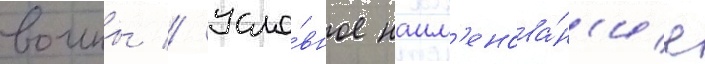
воины // Усло́вное наим'енова́н'ие